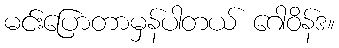
မင်းပြောတာမှန်ပါတယ် ဂေါဝိန်ဒ။